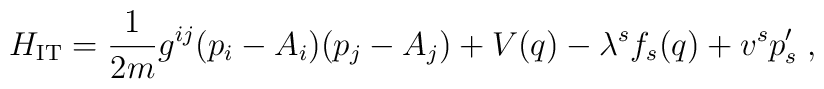
H_{\rm IT}=\frac{1}{2m}g^{ij}(p_i-A_i)(p_j-A_j)+V(q)-\lambda^s f_s(q)+v^sp'_s   \;,